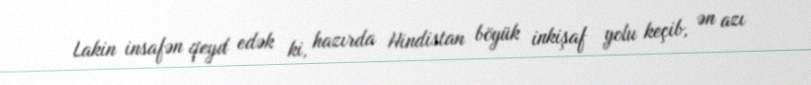
Lakin insafən qeyd edək ki, hazırda Hindistan böyük inkişaf yolu keçib, ən azı